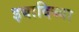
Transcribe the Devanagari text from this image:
इबादिय्या